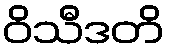
ဝိသီဒတိ